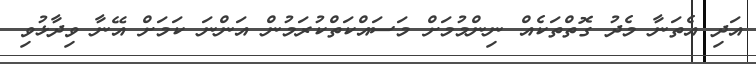
އަދި އެތަނާ މެދު ގޮތްތަކެއް ނިންމުމަށް މަސައްކަތްކުރަމުން އަންނަ ކަމަށް އޭނާ ވިދާޅުވި